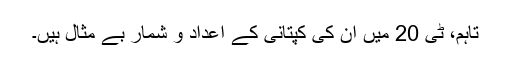
تاہم، ٹی 20 میں ان کی کپتانی کے اعداد و شمار بے مثال ہیں۔